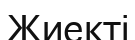
Жиекті